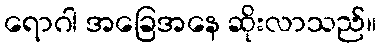
ရောဂါ အခြေအနေ ဆိုးလာသည်။